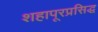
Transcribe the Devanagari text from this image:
शहापूरप्रसिद्ध